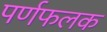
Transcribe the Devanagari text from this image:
पर्णफलक